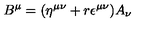
B ^ { \mu } = ( \eta ^ { \mu \nu } + r \epsilon ^ { \mu \nu } ) A _ { \nu }